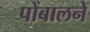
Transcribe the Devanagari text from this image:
पोंबालने